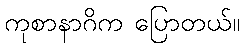
ကုစာနာဂိက ပြောတယ်။